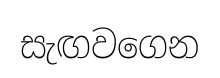
සැඟවගෙන